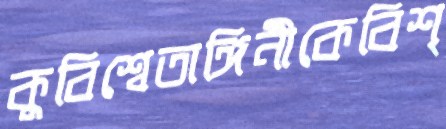
কুবিশ্বেতাঙ্গিনীকেবিশৃ